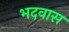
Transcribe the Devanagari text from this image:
भदवास